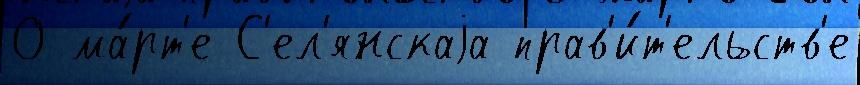
0 ма́рт'е С'ел'янскаjа прав'и́т'ельств'е